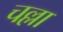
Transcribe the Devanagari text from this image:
चल्ला